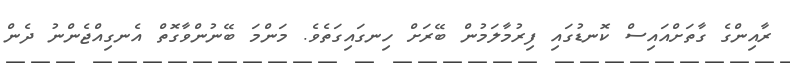
ރާއިންގެ ގާތަށްއައިސް ކޮނޑުގައި ފިރުމާލަމުން ބޭރަށް ހިނގައިގަތެވެ. މަންމަ ބޭނުންވާގޮތް އެނގިއްޖެންނު ދެން